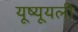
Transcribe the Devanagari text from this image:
यूष्यूयली